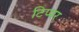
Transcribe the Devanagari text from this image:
टिप्पर